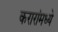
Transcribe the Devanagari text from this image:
करारांमध्ये